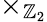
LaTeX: \times_{\mathbb{Z}_{2}}